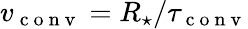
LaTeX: v_{\mathrm{~c~o~n~v~}}=R_{\star}/\tau_{\mathrm{~c~o~n~v~}}